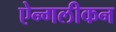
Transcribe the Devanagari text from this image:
ऐन्गलीकन